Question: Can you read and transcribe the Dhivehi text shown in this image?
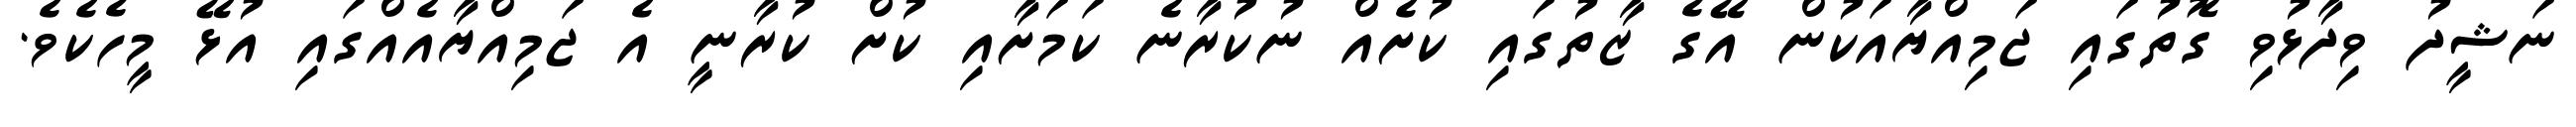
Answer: ނަޝީދު ވިދާޅުވި ގޮތުގައި ޖަމިއްޔާއަކުން އޭގެ ޒާތުގައި ކުށެއް ނުކުރާނެ ކަމަށާއި ކުށް ކުރާނީ އެ ޖަމިއްޔާއެއްގައި އުޅޭ މީހެކެވެ.